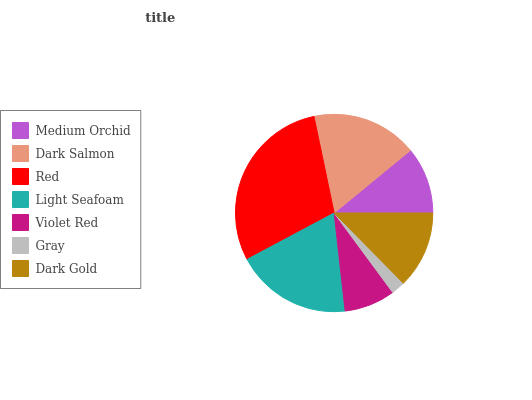
| Medium Orchid | Dark Salmon | Red | Light Seafoam | Violet Red | Gray | Dark Gold |
 | --- | --- | --- | --- | --- | --- | --- |
 | 10.9% | 17.3% | 29.6% | 18.9% | 8.33% | 2.26% | 12.6% |